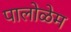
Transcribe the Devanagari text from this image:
पालोळेम